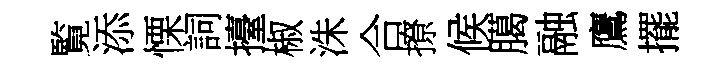
覧添慄詞擡椒洙合撩候臈融鷹擺